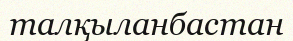
талқыланбастан